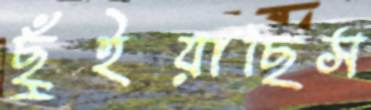
ছুঁইয়াছিস